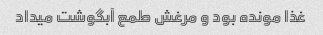
غذا مونده بود و مرغش طمع آبگوشت میداد